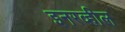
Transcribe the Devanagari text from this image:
इनरव्हील